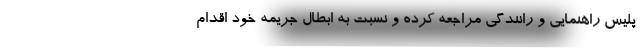
پلیس راهنمایی و رانندگی مراجعه کرده و نسبت به ابطال جریمه خود اقدام